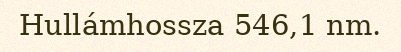
Hullámhossza 546,1 nm.